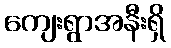
ကျေးရွာအနီးရှိ